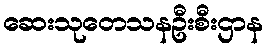
ဆေးသုတေသနဦးစီးဌာန